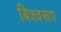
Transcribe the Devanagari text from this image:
बिश्वरूप